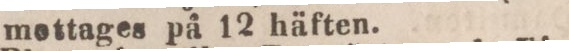
meottages på 12 häften.